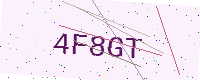
Text: 4F8GT